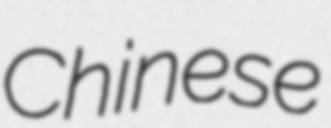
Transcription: Chinese